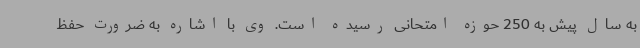
به سال پیش به 250 حوزه امتحانی رسیده است. وی با اشاره به ضرورت حفظ